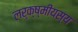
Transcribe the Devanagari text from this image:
लर्क्ष्मीयस्य